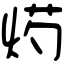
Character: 烵